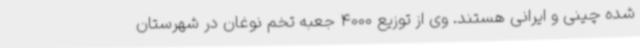
شده چینی و ایرانی هستند. وی از توزیع 4000 جعبه تخم نوغان در شهرستان